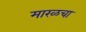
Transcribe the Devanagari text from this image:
मारळचा